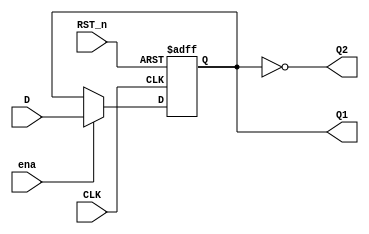
`timescale 1ns / 1ps
module Ansynchronous#(parameter initvalue=1'b0)(
    input CLK,
    input D,
    input ena,
    input RST_n,
    output reg Q1,
    output Q2
);
    assign Q2=~Q1;
    always@(negedge CLK or negedge RST_n)
    begin
    if(!RST_n)
    begin
        Q1<=initvalue;
    end
    else if(ena)
    begin
        Q1<=D;
    end
    end
endmodule